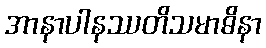
အာနာပါနဿတိသမာဓိနာ